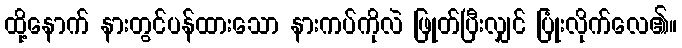
ထို့နောက် နားတွင်ပန်ထားသော နားကပ်ကိုလဲ ဖြုတ်ပြီးလျှင် ပြုံးလိုက်လေ၏။